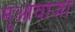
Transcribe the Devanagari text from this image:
मुआवाजा